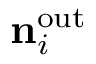
{ \mathbf { n } } _ { i } ^ { \mathrm { o u t } }